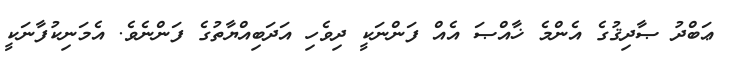
ޢަބްދު ޞާދިޤުގެ އެންމެ ޚާއްޞަ އެއް ފަންނަކީ ދިވެހި އަދަބިއްޔާތުގެ ފަންނެވެ. އެމަނިކުފާނަކީ